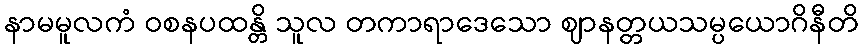
နာမမူလကံ ဝစနပထန္တိ သူလ တကာရာဒေသော ဈာနတ္တယသမ္ပယောဂိနီတိ